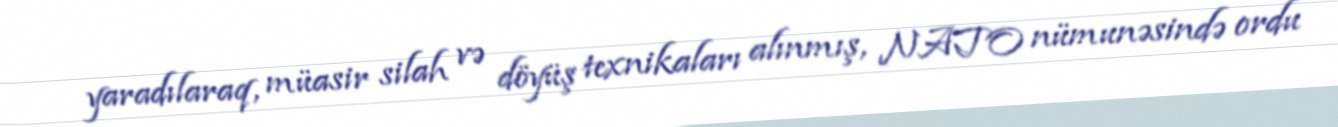
yaradılaraq, müasir silah və döyüş texnikaları alınmış, NATO nümunəsində ordu